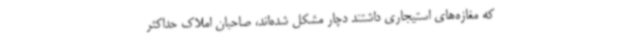
که مغازه‌های استیجاری داشتند دچار مشکل شده‌اند، صاحبان املاک حداکثر